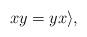
LaTeX: \begin{align*}xy=yx\rangle,\end{align*}